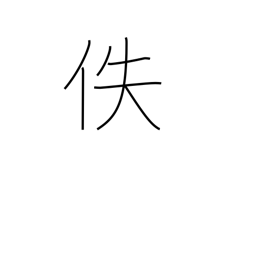
Meaning: lost